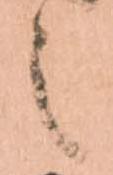
之